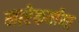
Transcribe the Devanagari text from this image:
मारेकर्यांना